65_HS1-834228961_62-HQ-83894_Section_9
Agency: FBI
Page 136
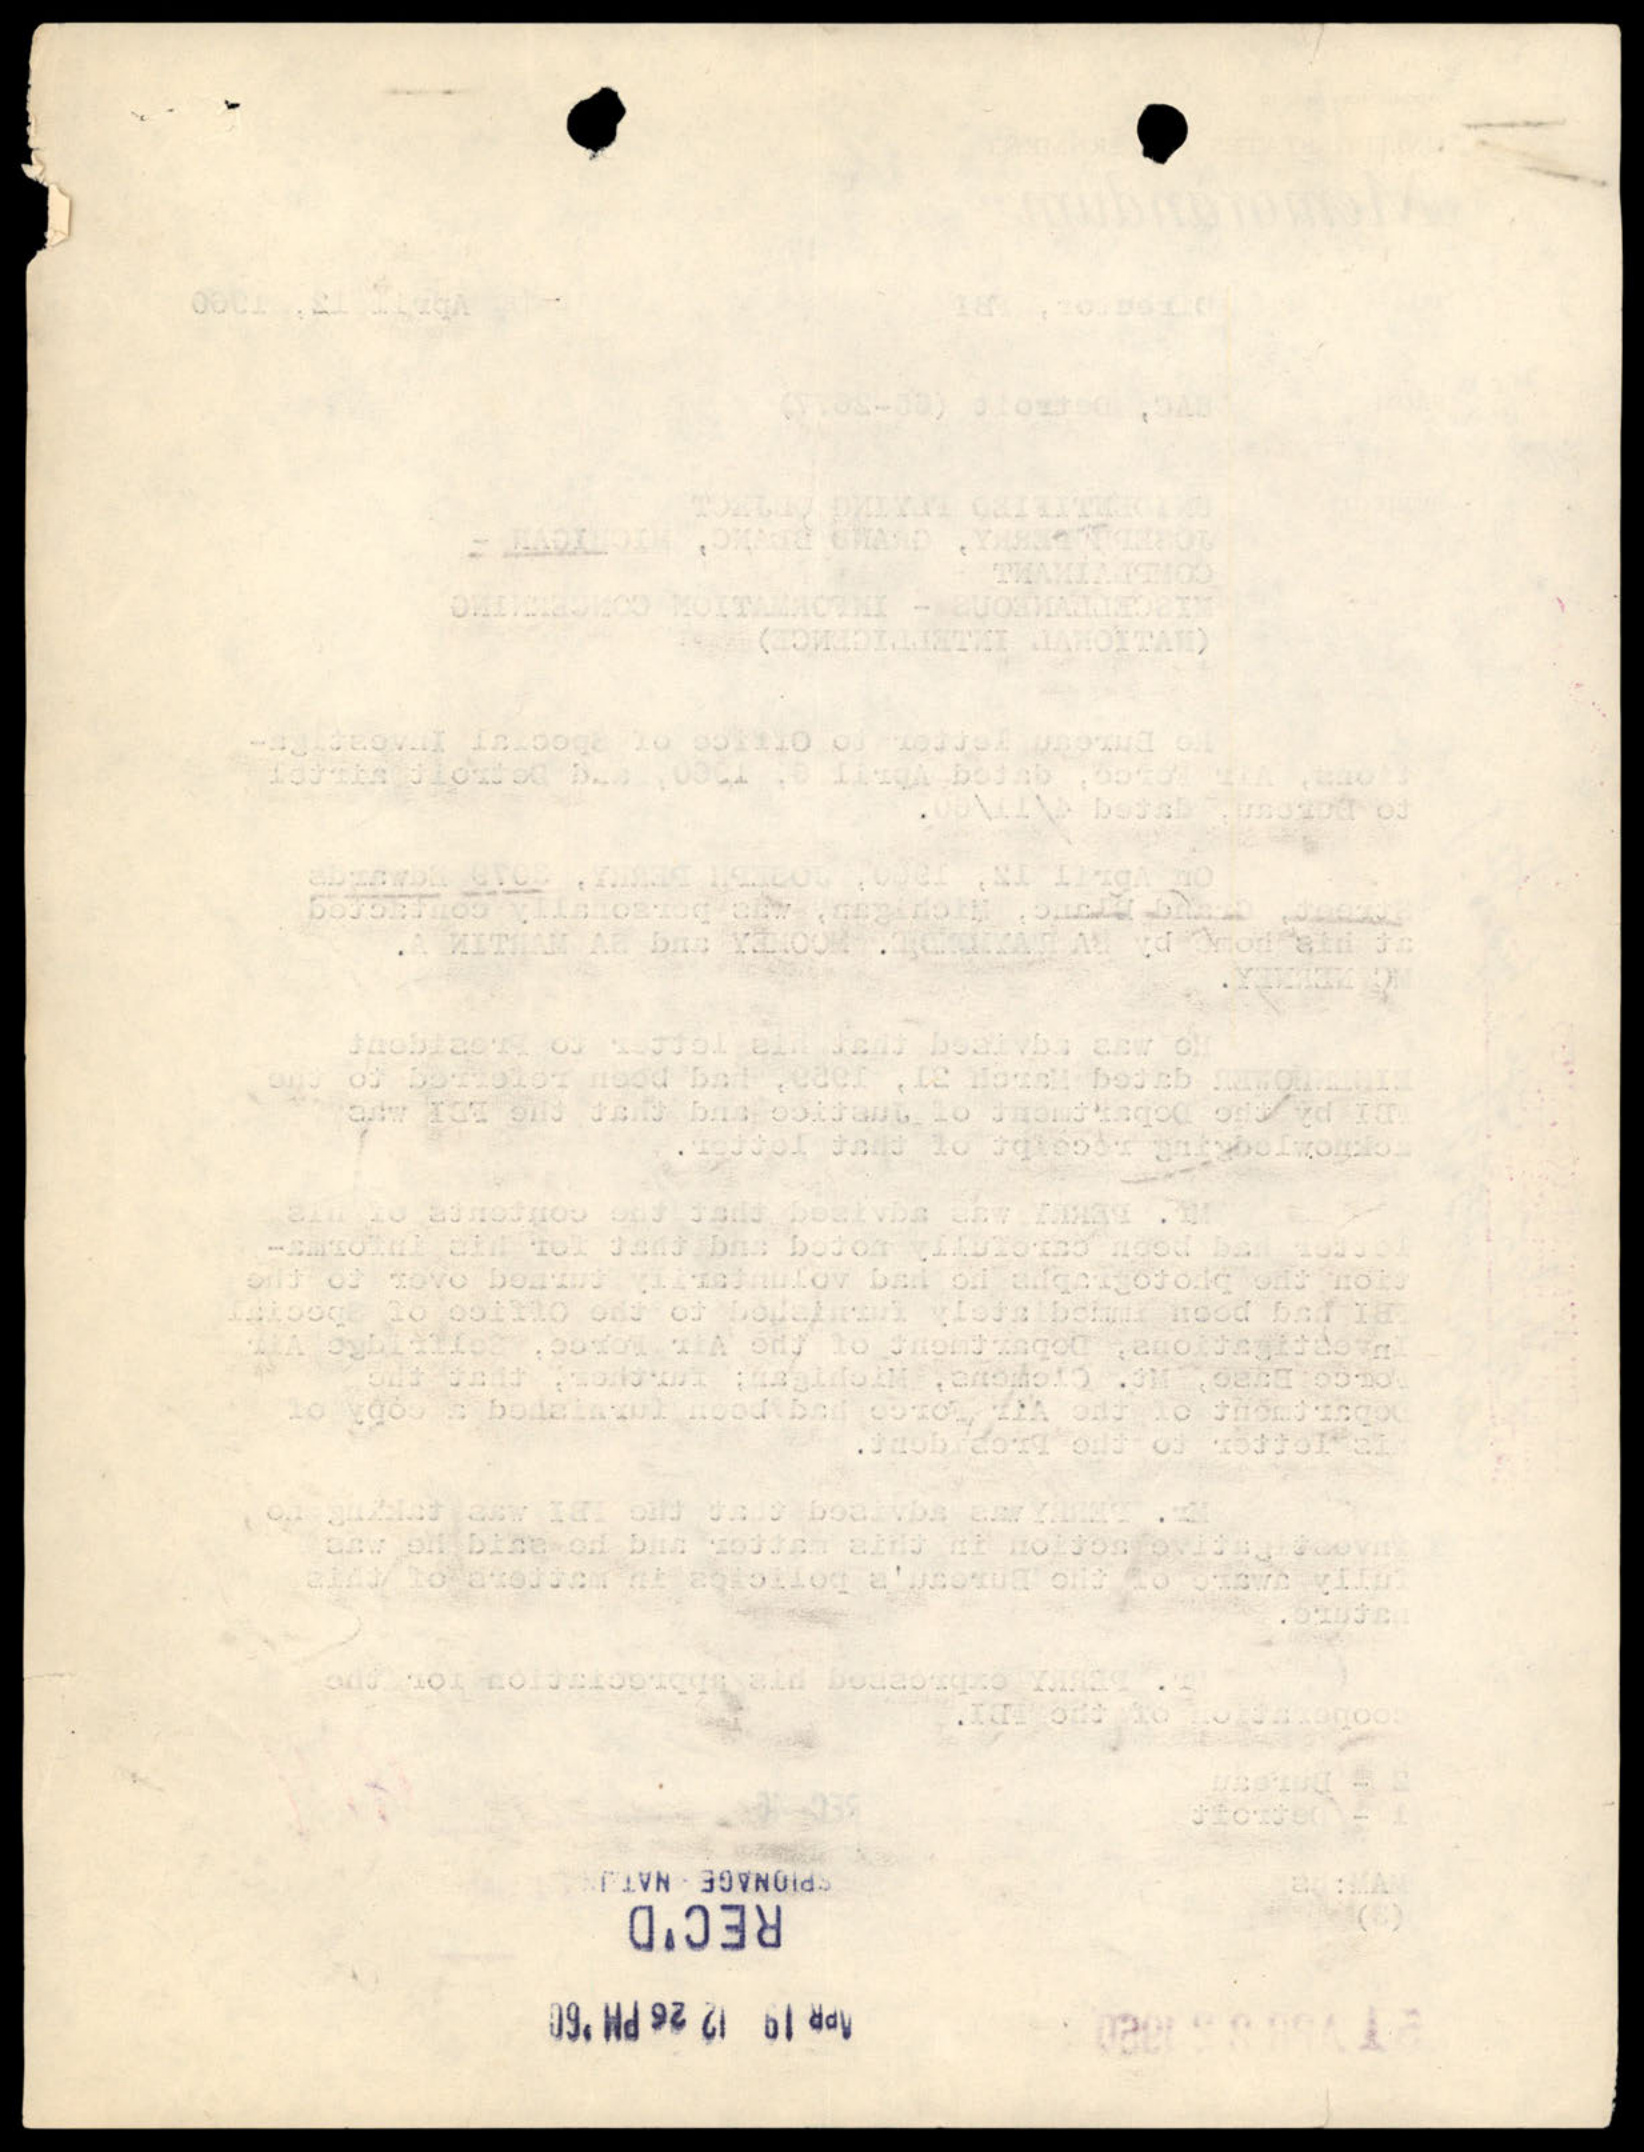